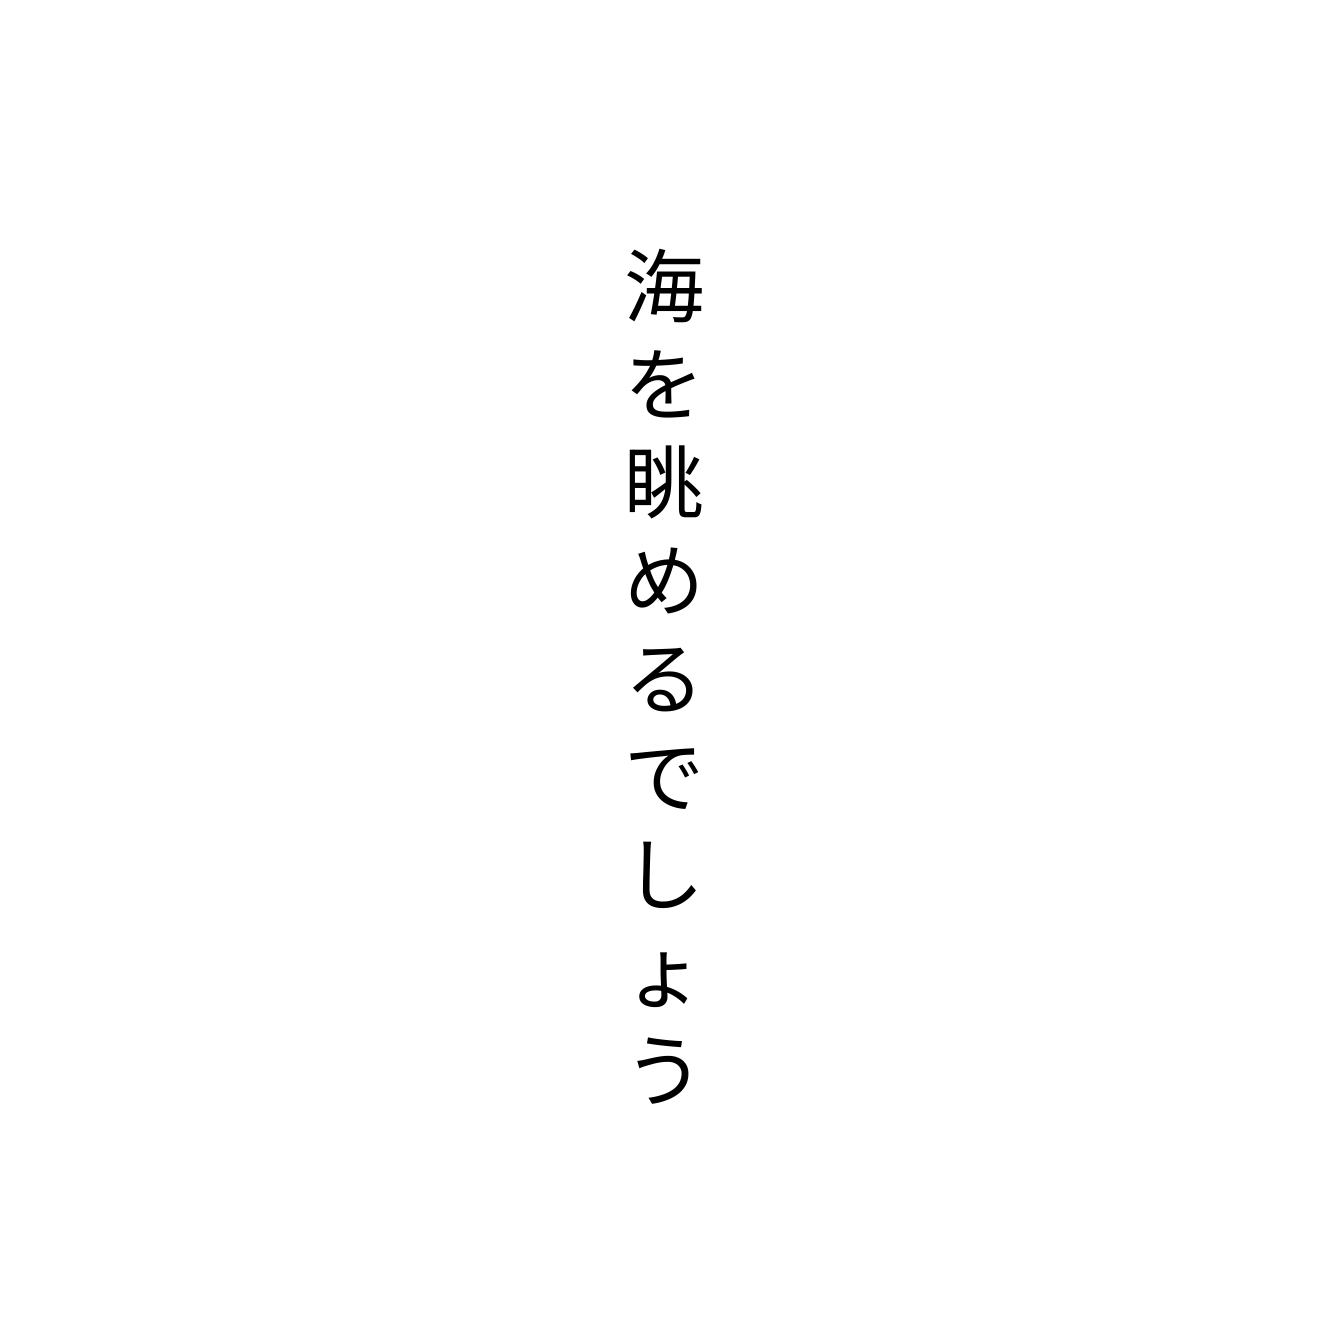
海を眺めるでしょう